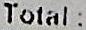
TOTAL :